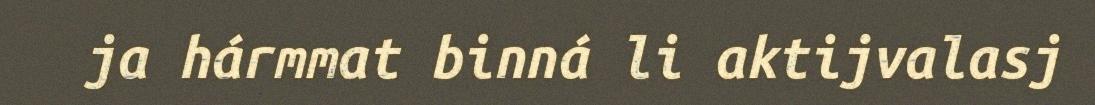
ja hármmat binná li aktijvalasj